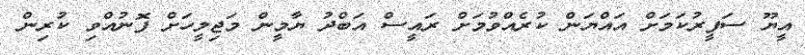
އީޔޫ ސަފީރުކަމަށް އައްޔަން ކުރެއްވުމަށް ރައީސް އަބްދު ޔާމީން މަޖިލީހަށް ފޮނުއްވި ކުރިން